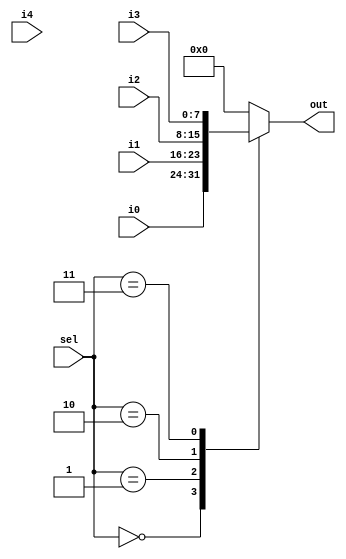
`timescale 1ns / 1ps
//////////////////////////////////////////////////////////////////////////////////
// Alex Hendren
// Sean McFeely
// EE480 - Heath - Spring 2013
// Accumulator Based Processor
//
// 5x1 MUX operation -
//
//	SELECT | OUTPUT
//   000   |   i0
//   001   |   i1
//   010   |   i2
//   011   |   i3
//   100   |   i4
//
//////////////////////////////////////////////////////////////////////////////////
module mux_ALU(i0, i1, i2, i3, i4, sel, out);
	input [7:0] i0, i1, i2, i3, i4;
	input [2:0] sel;
	output reg [7:0] out;
	
	always @(i0 or i1 or i2 or i3 or i4 or sel)
	begin
		case( sel )
			3'b000:	out = i0;
			3'b001:	out = i1;
			3'b010:	out = i2;
			3'b011:	out = i3;
			3'b100: out = 8'b00000000;
			default: out = 8'b00000000;
		endcase
	end

endmodule